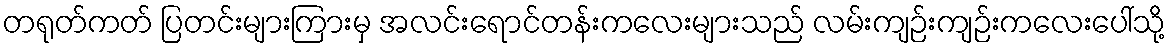
တရုတ်ကတ် ပြတင်းများကြားမှ အလင်းရောင်တန်းကလေးများသည် လမ်းကျဉ်းကျဉ်းကလေးပေါ်သို့